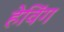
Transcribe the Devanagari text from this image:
हेविंग